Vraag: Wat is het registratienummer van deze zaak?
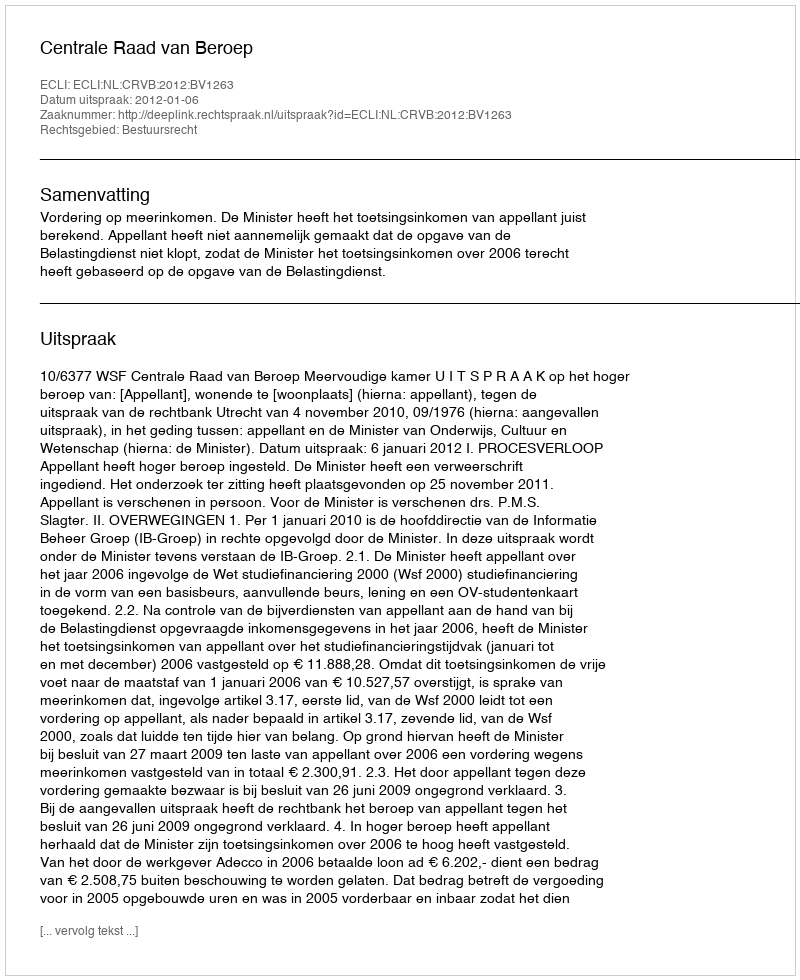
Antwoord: http://deeplink.rechtspraak.nl/uitspraak?id=ECLI:NL:CRVB:2012:BV1263